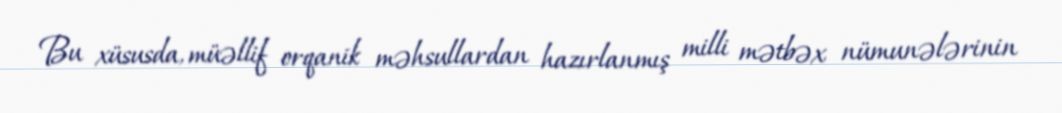
Bu xüsusda, müəllif orqanik məhsullardan hazırlanmış milli mətbəx nümunələrinin